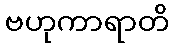
ဗဟုကာရာတိ